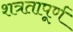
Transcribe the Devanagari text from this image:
शत्रतापूर्ण